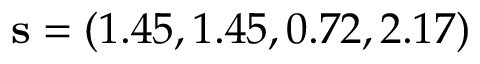
\mathbf { s } = ( 1 . 4 5 , 1 . 4 5 , 0 . 7 2 , 2 . 1 7 )